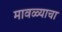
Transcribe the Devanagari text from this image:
मावळ्याचा